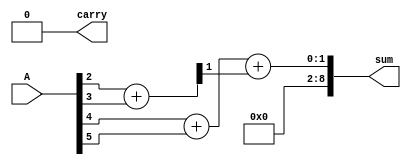
module CarrySaveAdder(
    input [N-1:0] A, // N inputs, concatenated into a single vector
    output [N:0] sum, // The output sum
    output carry // The final carry
);
    parameter N = 8; // Number of inputs, can be adjusted

    wire [(N/2)-1:0] partial_sum, partial_carry;
    wire [N-1:0] sum_temp, carry_temp;

    // Full Adder for pairs of inputs
    generate
        genvar i;
        for (i = 0; i < N/2; i = i + 1) begin : full_adder_stage
            wire a = A[2*i];
            wire b = A[2*i + 1];
            assign {partial_carry[i], partial_sum[i]} = a + b;
        end
    endgenerate

    // If N is odd, carry the last input to the next stage
    wire last_input;
    assign last_input = (N % 2 == 1) ? A[N-1] : 0;

    // Second stage of Full Adders
    generate
        for (i = 0; i < (N/2); i = i + 1) begin : second_stage
            wire c_in = (i == 0) ? last_input : partial_carry[i-1];
            assign {carry_temp[i], sum_temp[i]} = partial_sum[i] + c_in;
        end
    endgenerate

    // Final stage to combine remaining sums and carries
    assign {carry, sum} = (N % 2 == 1) ? {carry_temp[(N/2)-1], sum_temp[(N/2)-1]} : {carry_temp[(N/2)-2], sum_temp[(N/2)-2]};

endmodule